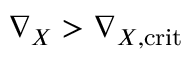
\nabla _ { X } > \nabla _ { X , \mathrm { c r i t } }